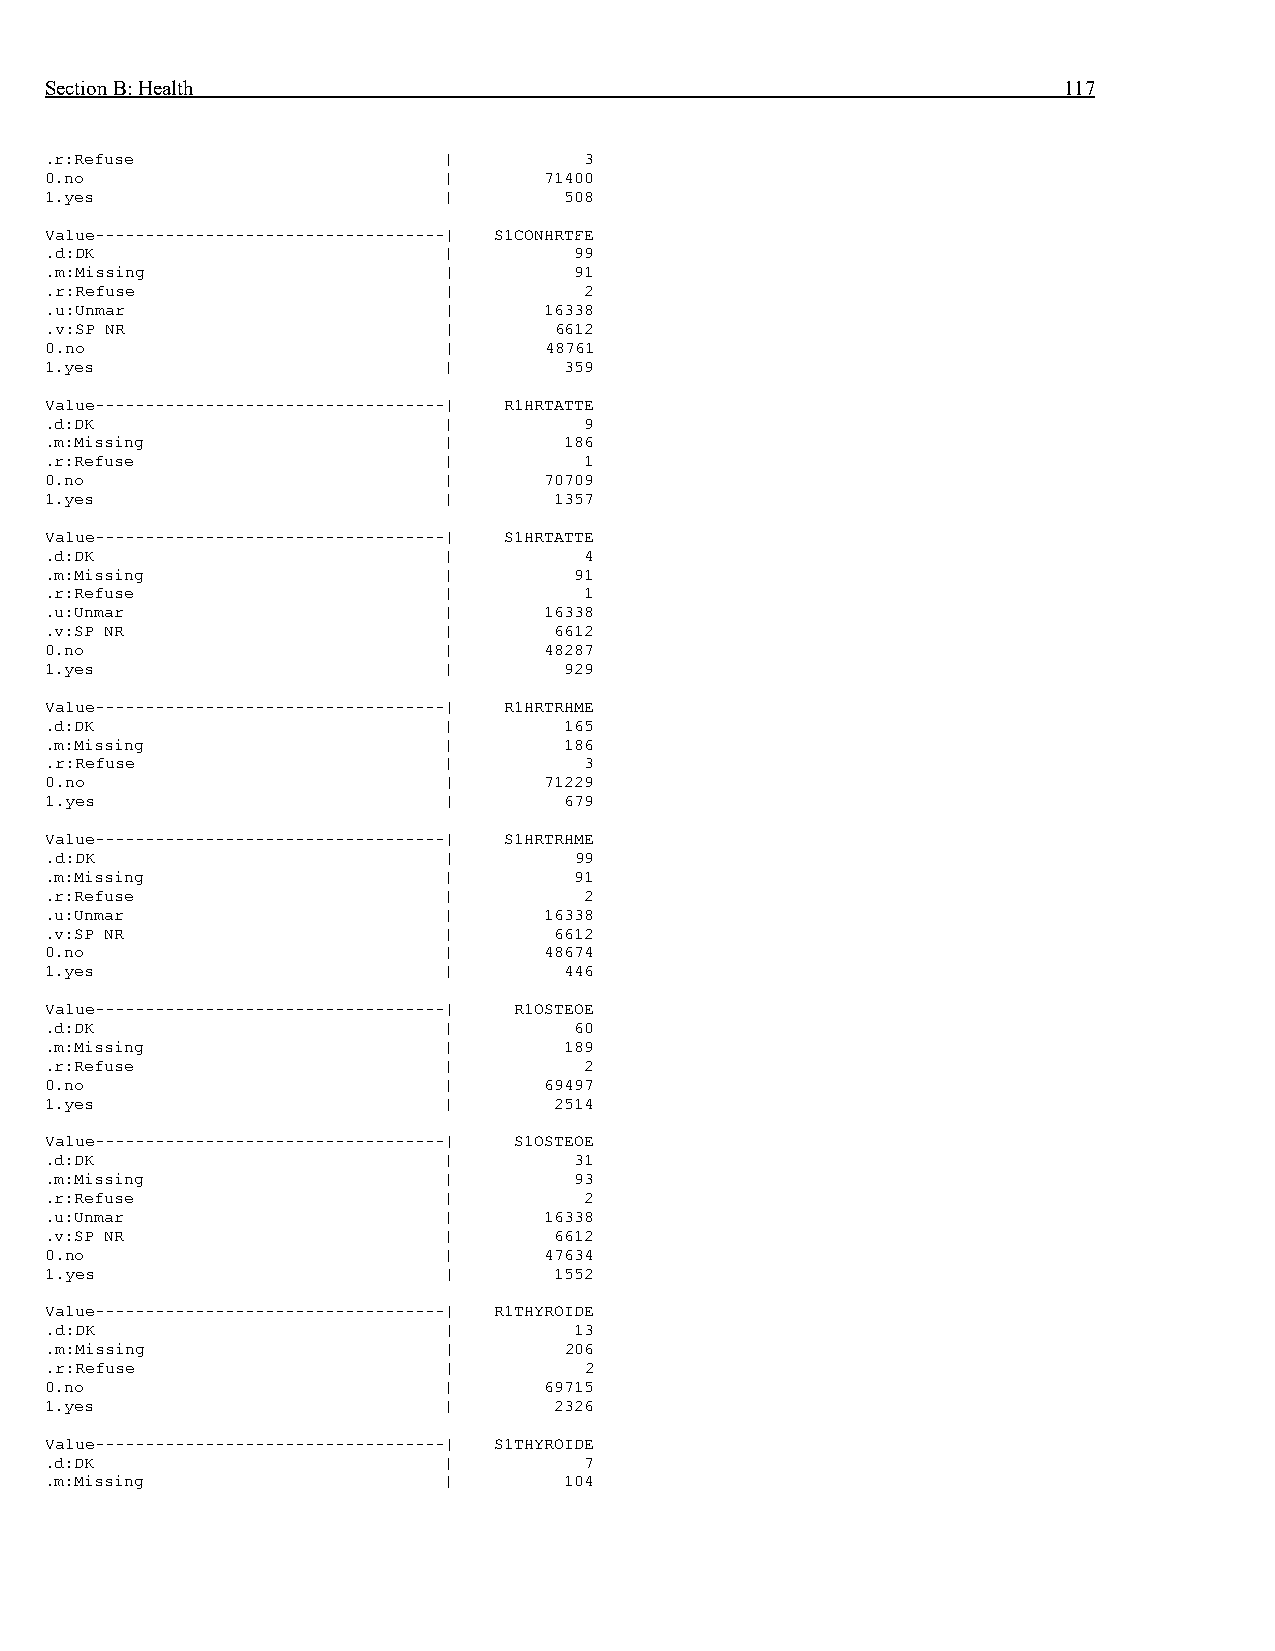
Section B: Health                                                  117
 .r:Refuse                 |         3
 0.no                      |      71400
 1.yes                     |       508
 Value-----------------------------------| S1CONHRTFE
 .d:DK                     |        99
 .m:Missing                |        91
 .r:Refuse                 |         2
 .u:Unmar                  |      16338
 .v:SP NR                  |       6612
 0.no                      |      48761
 1.yes                     |       359
 Value-----------------------------------| R1HRTATTE
 .d:DK                     |         9
 .m:Missing                |       186
 .r:Refuse                 |         1
 0.no                      |      70709
 1.yes                     |       1357
 Value-----------------------------------| S1HRTATTE
 .d:DK                     |         4
 .m:Missing                |        91
 .r:Refuse                 |         1
 .u:Unmar                  |      16338
 .v:SP NR                  |       6612
 0.no                      |      48287
 1.yes                     |       929
 Value-----------------------------------| R1HRTRHME
 .d:DK                     |       165
 .m:Missing                |       186
 .r:Refuse                 |         3
 0.no                      |      71229
 1.yes                     |       679
 Value-----------------------------------| S1HRTRHME
 .d:DK                     |        99
 .m:Missing                |        91
 .r:Refuse                 |         2
 .u:Unmar                  |      16338
 .v:SP NR                  |       6612
 0.no                      |      48674
 1.yes                     |       446
 Value-----------------------------------| R1OSTEOE
 .d:DK                     |        60
 .m:Missing                |       189
 .r:Refuse                 |         2
 0.no                      |      69497
 1.yes                     |       2514
 Value-----------------------------------| S1OSTEOE
 .d:DK                     |        31
 .m:Missing                |        93
 .r:Refuse                 |         2
 .u:Unmar                  |      16338
 .v:SP NR                  |       6612
 0.no                      |      47634
 1.yes                     |       1552
 Value-----------------------------------| R1THYROIDE
 .d:DK                     |        13
 .m:Missing                |       206
 .r:Refuse                 |         2
 0.no                      |      69715
 1.yes                     |       2326
 Value-----------------------------------| S1THYROIDE
 .d:DK                     |         7
 .m:Missing                |       104